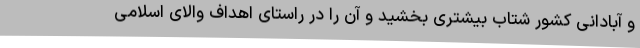
و آبادانی کشور شتاب بیشتری بخشید و آن را در راستای اهداف والای اسلامی